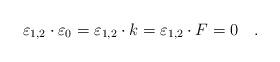
LaTeX: \begin{align*}\varepsilon_{1,2}\cdot\varepsilon_0=\varepsilon_{1,2}\cdot k=\varepsilon_{1,2}\cdot F=0\quad .\end{align*}